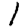
Digit: 1